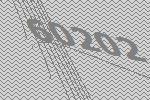
60202